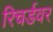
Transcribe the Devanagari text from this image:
रिचर्डवर